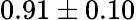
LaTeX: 0.91\pm 0.10